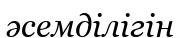
әсемділігін